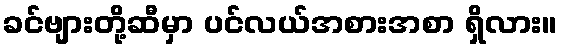
ခင်ဗျားတို့ဆီမှာ ပင်လယ်အစားအစာ ရှိလား။